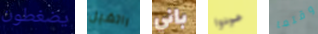
يضغطون راتشيل باني عودوا وقتما